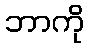
ဘာကို